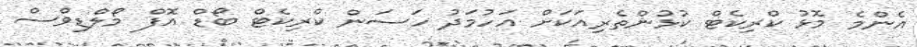
އެންމެ މޮޅު ކްރިކެޓް ކުޅުންތެރިއަކަށް އަހުމަދު ހަސަން ކްރިކެޓް ބޯޑް އޮފް މޯލްޑިވްސް